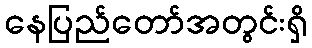
နေပြည်တော်အတွင်းရှိ